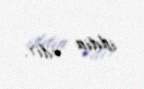
iddia edir.